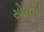
સોયની